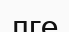
лге